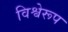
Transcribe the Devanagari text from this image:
विश्वेरूप